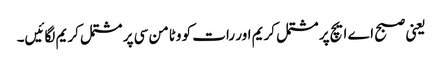
یعنی صبح اے ایچ پر مشتمل کریم اور رات کو وٹامن سی پر مشتمل کریم لگائیں۔